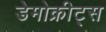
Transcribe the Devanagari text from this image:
डेमोक्रीट्स